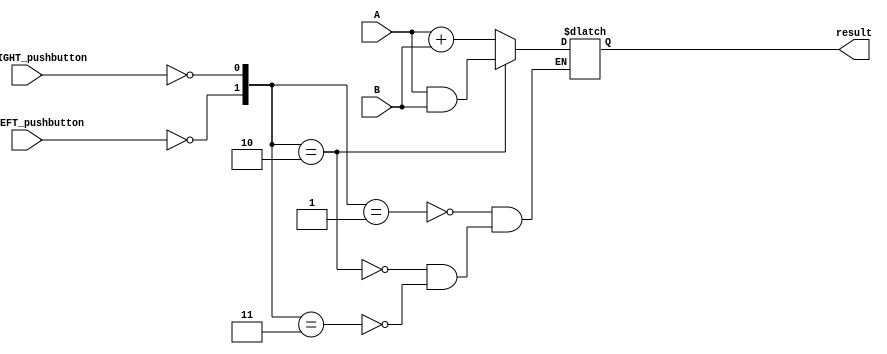
module lab1_top (
	input not_LEFT_pushbutton,
	input not_RIGHT_pushbutton,
	input [3:0] A,
	input [3:0] B,
	output reg [3:0] result);

	// fill in logic here
	wire [3:0] ANDed_result;
	wire [3:0] ADDed_result;
	wire LEFT_pushbutton;
	wire RIGHT_pushbutton;
	
	// assign it to wires
	assign ANDed_result = A & B;
	assign ADDed_result = A + B;
	
	// assign push buttons to wires
	assign LEFT_pushbutton = ~ not_LEFT_pushbutton;
	assign RIGHT_pushbutton = ~ not_RIGHT_pushbutton;

	always @* begin
		case ( {LEFT_pushbutton, RIGHT_pushbutton} )
			2'b01: result = ADDed_result;
			2'b10: result = ANDed_result;
			2'b11: result = ADDed_result;

			// avoid inferred latch by adding else/default statement
			//default: result = 4'b0;
		endcase
	end

endmodule